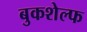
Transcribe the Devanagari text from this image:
बुकशेल्फ